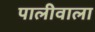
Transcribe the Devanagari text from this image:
पालीवाला